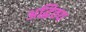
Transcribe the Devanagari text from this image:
अद्धितय